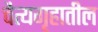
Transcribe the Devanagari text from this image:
चैत्यगृहातील